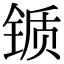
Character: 锧